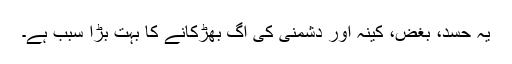
یہ حسد، بغض، کینہ اور دشمنی کی آگ بھڑکانے کا بہت بڑا سبب ہے۔